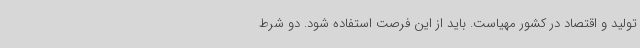
تولید و اقتصاد در کشور مهیاست. باید از این فرصت استفاده شود. دو شرط